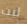
ليت